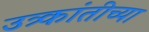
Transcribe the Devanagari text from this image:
उत्र्कांतीच्या